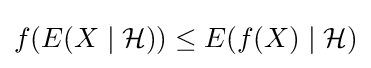
f(E(X\mid {\mathcal {H}}))\leq E(f(X)\mid {\mathcal {H}})